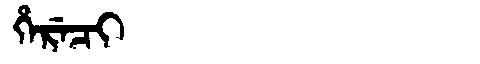
Manchu: ᡥᡝᡵᡝᠴᡳ
Romanization: HERECI